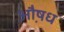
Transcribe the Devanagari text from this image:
औ़षध